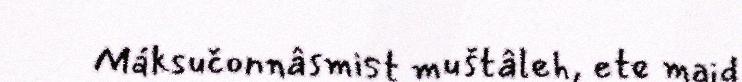
Máksučonnâsmist muštâleh, ete maid